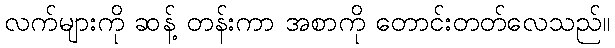
လက်များကို ဆန့် တန်းကာ အစာကို တောင်းတတ်လေသည်။